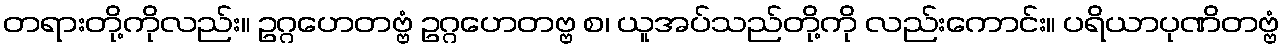
တရားတို့ကိုလည်း။ ဥဂ္ဂဟေတဗ္ဗံ ဥဂ္ဂဟေတဗ္ဗ စ၊ ယူအပ်သည်တို့ကို လည်းကောင်း။ ပရိယာပုဏိတဗ္ဗံ